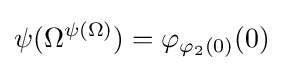
\psi (\Omega ^{\psi (\Omega )})=\varphi _{\varphi _{2}(0)}(0)